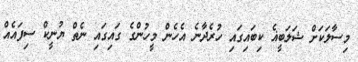
މިސާލަކަށް ޝަލަބީޣެ ކިބައިގައި ހުރެދާނެ އެހެން މީހުންގެ ގައިގައި ނެތް ޔުނީކް ސިފައެއް